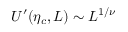
U ^ { \prime } ( \eta _ { c } , L ) \sim L ^ { 1 / \nu }